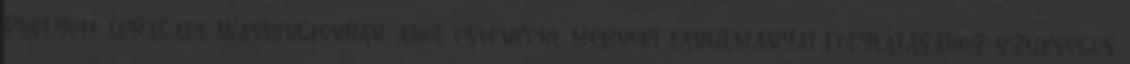
Ehelyett leragadt Washingtonban, ahol esténként mérnöki tanulmányai folytatásához szükséges